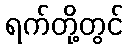
ရက်တို့တွင်